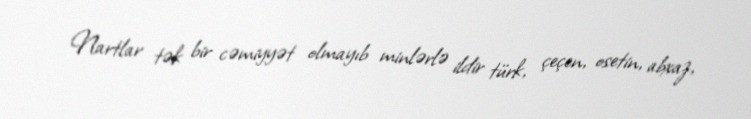
Nartlar tək bir cəmiyyət olmayıb minlərlə ildir türk, çeçen, osetin, abxaz,